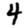
Digit: 4